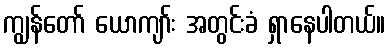
ကျွန်တော် ယောကျာ်း အတွင်းခံ ရှာနေပါတယ်။